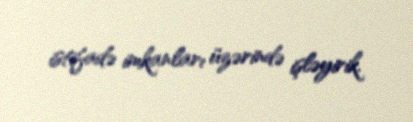
istifadə imkanları üzərində işləyirik.